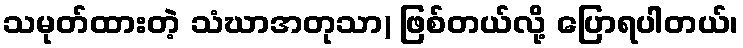
သမုတ်ထားတဲ့ သံဃာအတုသာ) ဖြစ်တယ်လို့ ပြောရပါတယ်၊